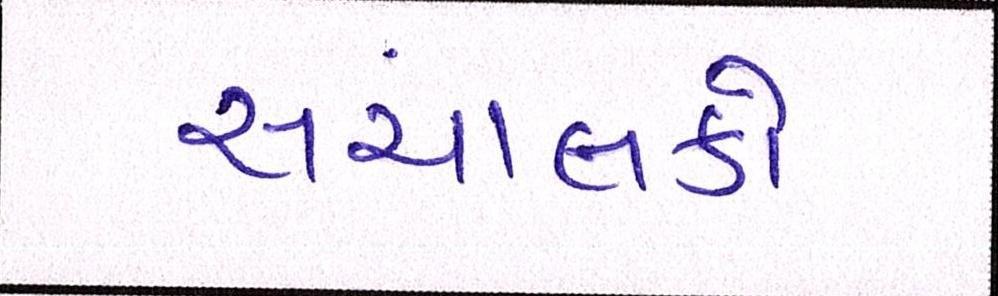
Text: સંચાલકો